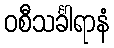
ဝစီသင်္ခါရာနံ